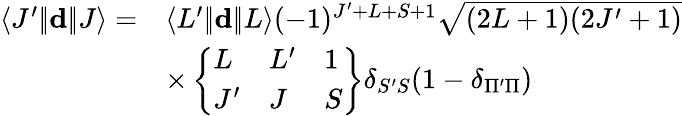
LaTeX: \begin{array}{rl}{\langle J^{\prime}|\! |\mathbf{d}|\! |J\rangle=}&{\langle L^{\prime}|\! |\mathbf{d}|\! |L\rangle(-1)^{J^{\prime}+L+S+1}\sqrt{(2L+1)(2J^{\prime}+1)}}\\ &{\times\left\{ \begin{array}{lll}{L}&{L^{\prime}}&{1}\\ {J^{\prime}}&{J}&{S}\end{array}\right\} \delta_{S^{\prime}S}(1-\delta_{\Pi^{\prime}\Pi})}\end{array}